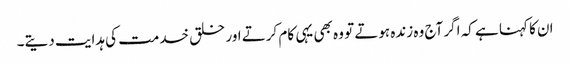
ان کا کہنا ہے کہ اگر آج وہ زندہ ہوتے تو وہ بھی یہی کام کرتے اور خلق خدمت کی ہدایت دیتے۔